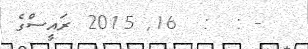
- :  :  16